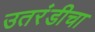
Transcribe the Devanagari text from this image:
उतरंडीचा